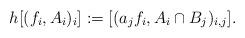
LaTeX: \begin{align*}h[(f_i,A_i)_i]:=[(a_jf_i,A_i\cap B_j)_{i,j}].\end{align*}